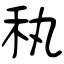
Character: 秇